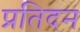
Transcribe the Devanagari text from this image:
प्रतिदन